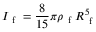
I _ { \mathrm { ~ f ~ } } = \frac { 8 } { 1 5 } \pi \rho _ { \mathrm { ~ f ~ } } R _ { \mathrm { ~ f ~ } } ^ { 5 }